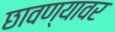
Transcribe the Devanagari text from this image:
छावण्यावर